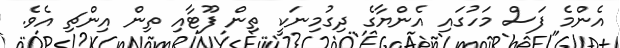
އެންމެ ފަސް މަހުގައި އެންޔާގެ ދިގުމިނަކީ ތިން ފޫޓާއި ތިން އިންޗި އެވެ.